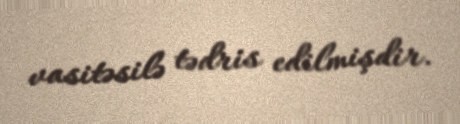
vasitəsilə tədris edilmişdir.